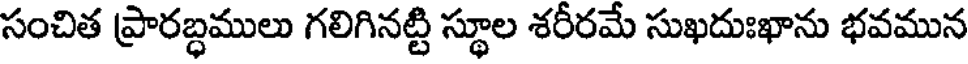
సంచిత ప్రారబ్ధములు గలిగినట్టి స్థూల శరీరమే సుఖదుఃఖాను భవమున